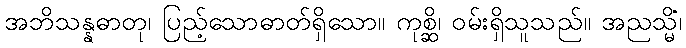
အဘိသန္နဓာတု၊ ပြည့်သောဓာတ်ရှိသော။ ကုစ္ဆိ၊ ဝမ်းရှိသူသည်။ အညသ္မိံ၊